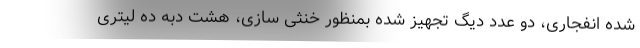
شده انفجاری، دو عدد دیگ تجهیز شده بمنظور خنثی سازی، هشت دبه ده لیتری